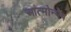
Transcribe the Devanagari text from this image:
आत्मोन्मेष